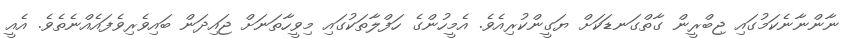
ނާންނާނެކަމުގައި ޖިބްރީން ގާތްގަނޑަކަށް ޔަގީންކުރިއެވެ. އެމީހުންގެ ހަފްލާތަކުގައި މިވީހާތަނަށް ޖައިދަން ބައިވެރިވެފައެއްނެތެވެ. އެއީ